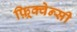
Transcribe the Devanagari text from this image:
फ़्रिक्वेन्सी